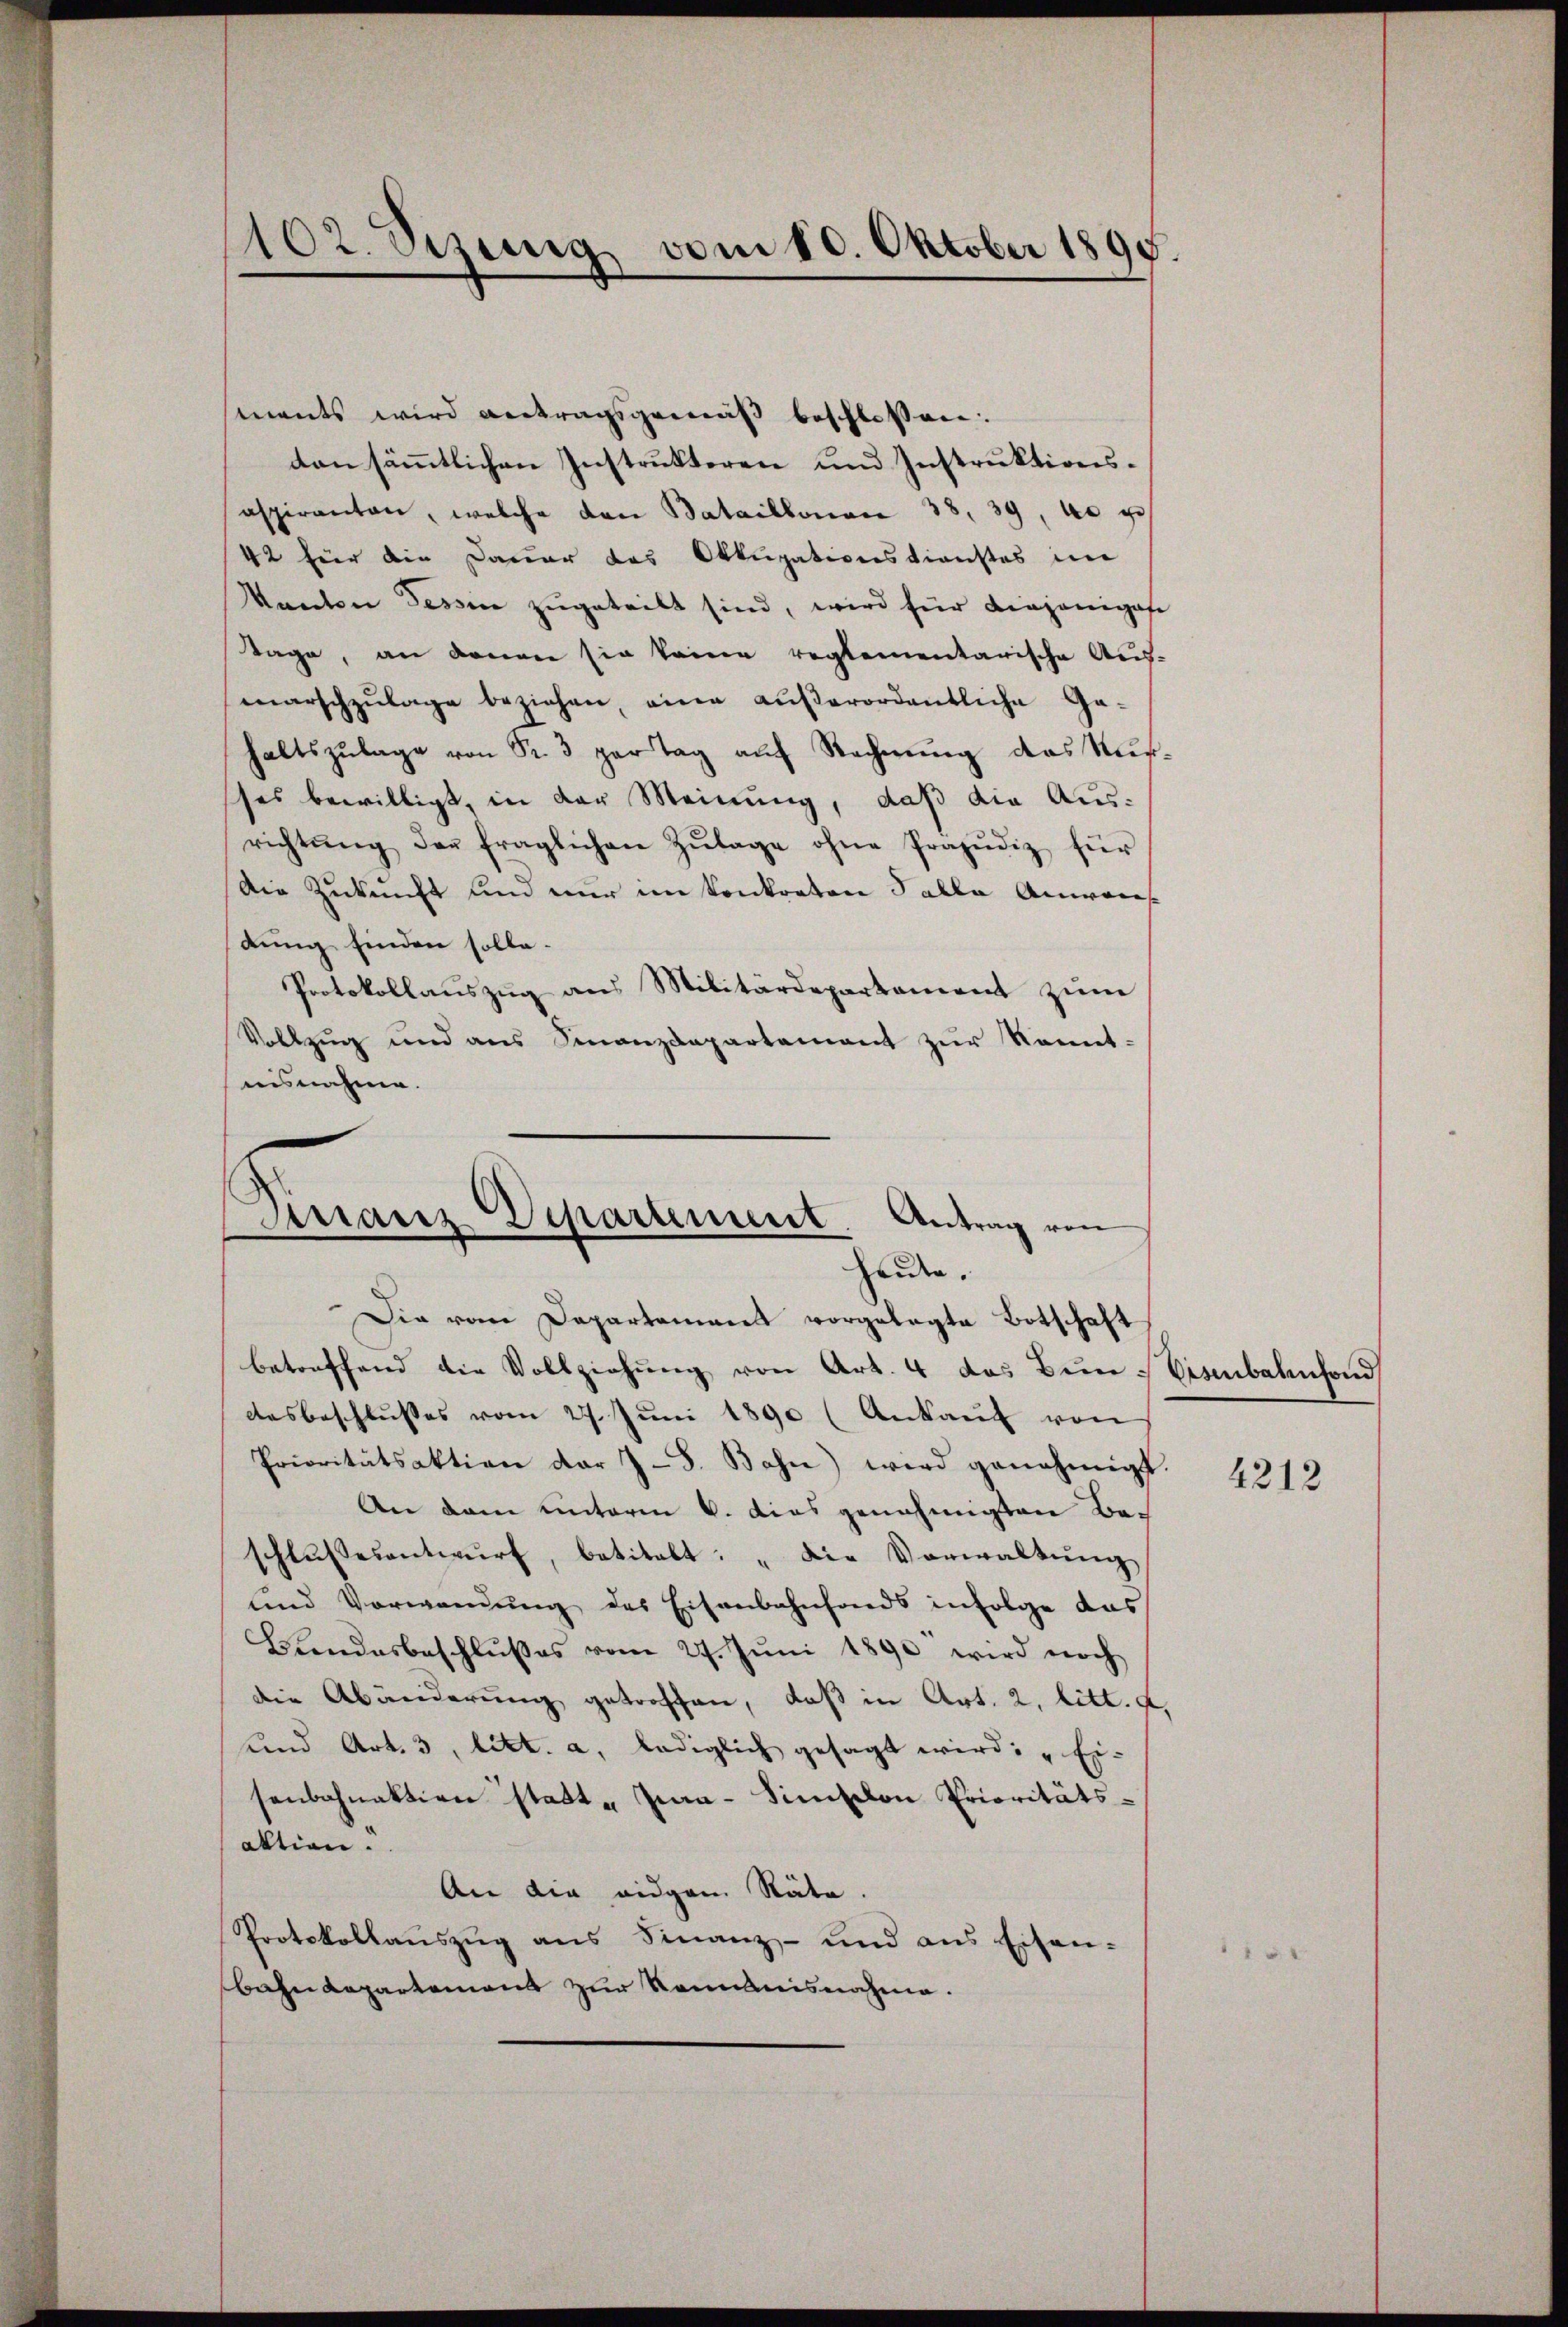
ments wird vertragsgemäß beschlossen.
von sämmtlichen Instrukteren und Instruktionsaspiranten, welche den Bataillonen 38. 39, da u
42 für die Dauer das Okkupationsdienstes im
Kanton Tessin zugeteilt sind, wird für diejenigese
Stage, an denen sie keine reglementarische Aus-
marschzŭlage beziehen, eine außerordentliche Ga-
haltszulage von Fr. 3 par Tag auf Rechnung das Nußses bewilligt, in der Meinung, daß die Ausrichtŭng der fraglichen Zŭlage ohne Präjŭdiz für
Die Zukunft und nur im konkreten Falle Anweis
dung finden solle.
Protokollaŭszŭg ans Militärdepartament zŭm
Vollzug und aus Finanzdepartement zur Kennt-
uisnahme.
Finanz-Departement

102. Sezung vom 10. Oktober 1890.

Antrag von
leiden.
Die vom Departement vorgelegte Botschaft

betreffend die Vollziehung von Art. 4 das Bun-Eisenbahnfond
desbeschlŭsses vom 27. Jŭni 1890 (Ankaŭf von
Prioritätsaktion der 7-8. Bahn wird genehmigt.
An dem unterm 6. dies genehmigten Beschlŭssesentwŭrf, betitelt: „Die Vorwaltung
und Verwandŭng des Eisenbahnfonds infolge das
Bendesbeschlußes vom 27. Jŭni 1890 wird noch
die Abänderung getroffen, daß in Art. 2, litt. a,
und Art. 3, litt. a, lediglich gesagt wird: „Ei-
senbahnaktion statt. Ja-Simselon Prioritätsaktion.
An die eidgen Räte.
Protokollauszug aus Finanz- und aus Eisen-
Bahndepartement zur Romanisnahme.

4212